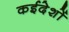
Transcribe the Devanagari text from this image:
कईदेशों